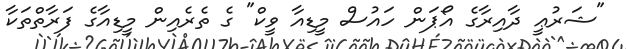
"ޝަރުޢީ ދާއިރާގެ އޯޕަން ހައުސް މީޑިއާ ވީކް" ގެ ތެރެއިން މީޑިއާގެ ފަރާތްތަކާ